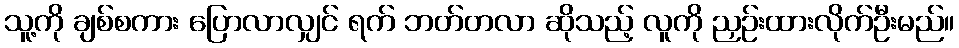
သူ့ကို ချစ်စကား ပြောလာလျှင် ရက် ဘတ်တလာ ဆိုသည့် လူကို ညှဉ်းထားလိုက်ဦးမည်။